Distribution and causation of leprosy in British India
Year: 1875
Disease focus: Leprosy
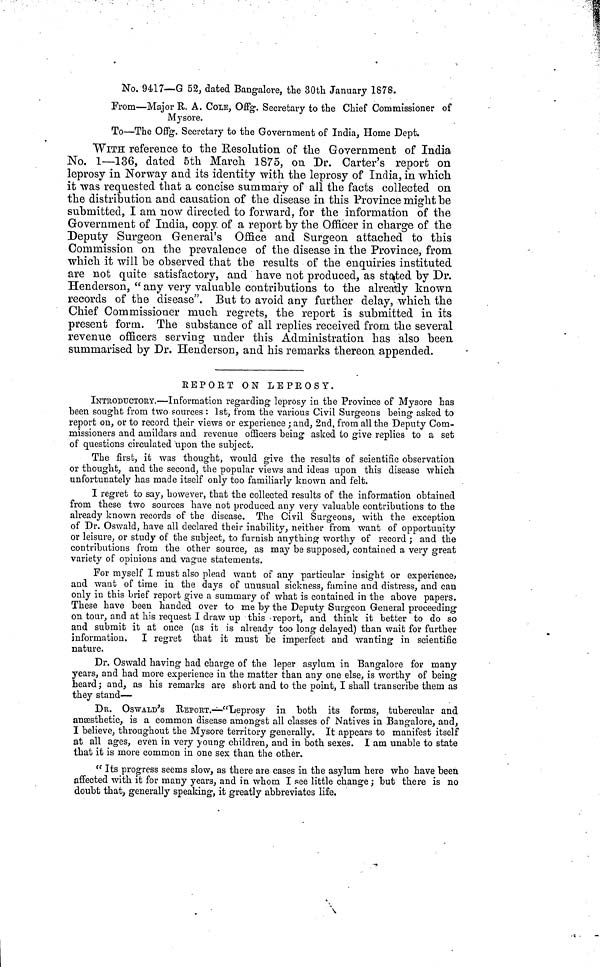
No. 9417—Q 52, dated Bangalore, the 30th January 1878.
From—Major R. A. COLE, Offg. Secretary to the Chief Commissioner of
Mysore.
To—The Offg. Secretary to the Government of India, Home Dept.
WITH reference to the Resolution of the Government of India
No. 1—136, dated 5th March 1875, on Dr. Carter's report on
leprosy in Norway and its identity with the leprosy of India, in which
it was requested that a concise summary of all the facts collected on
the distribution and causation of the disease in this Province might he
submitted, I am now directed to forward, for the information of the
Government of India, copy of a report by the Officer in charge of the
Deputy Surgeon General's Office and Surgeon attached to this
Commission on the prevalence of the disease in the Province, from
which it will be observed that the results of the enquiries instituted
are not quite satisfactory, and have not produced, as stated by Dr.
Henderson, " any very valuable contributions to the already known
records of the disease". But to avoid any further delay, which the
Chief Commissioner much regrets, the report is submitted in its
present form. The substance of all replies received from the several
revenue officers serving under this Administration has also been,
summarised by Dr. Henderson, and his remarks thereon appended.
EEPOET ON LEPEOSY.
INTRODUCTORY.—Information regarding leprosy in the Province of Mysore has
been sought from two sources : 1st, from the various Civil Surgeons heing asked to
report on, or to record their views or experience ; and, 2nd, from all the Deputy Com-
missioners and amildars and revenue officers being asked to give replies to a set
of questions circulated upon the subject.
The first, it was thought, would give the results of scientific observation
or thought, and the second, the popular views and ideas upon this disease which
unfortunately has made itself only too familiarly known and felt.
I regret to say, however, that the collected results of the information obtained
from these two sources have not produced any very valuable contributions to the
already known records of the disease. The Civil Surgeons, with the exception
of Dr. Oswald, have all declared their inability, neither from want of opportunity
or leisure, or study of the subject, to furnish anything worthy of record ; and the
contributions from the other source, as may be supposed, contained a very great
variety of opinions and vague statements.
For myself I must also plead want of any particular insight or experience*
and want of time in the days of unusual sickness, famine and distress, and can
only in this brief report give a summary of what is contained in the above papers.
These have been handed over to me by the Deputy Surgeon General proceeding
on tour, and at his request I draw up this report, and think it better to do so
and submit it at once (as it is already too long delayed) than wait for further
information. I regret that it must be imperfect and wanting in scientific
nature.
Dr. Oswald having had charge of the leper asylum in Bangalore for many
years, and had more experience in the matter than any one else, is worthy of being
heard; and, as his remarks are short and to the point, I shall transcribe them as
they stand—
DR. OSWALD'S REPORT.—"Leprosy in both its forms, tubercular and
anaesthetic, is a common disease amongst all classes of Natives in Bangalore, and,
I believe, throughout the Mysore territory generally. It appears to manifest itselif
at all ages, even in very young children, and in both sexes. I am unable to state
that it is more common in one sex than the other.
" Its progress seems slow, as there are cases in the asylum here who have been
affected with it for many years, and in whom I see little change ; but there is no
doubt that, generally speaking, it greatly abbreviates life.